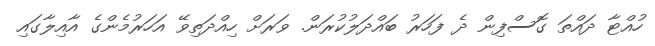
ހުއްޓާ ދައްތަ ގޮސްފިން ދެ ފަހަރު ބައްދަލުކުރަން. ވަރަށް ހިއްދަތިވޭ އަހަރުމެންގެ އާއިލާގައި